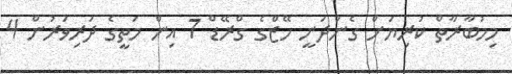
މިމުބާރާތް ކުރިޔަށް ގެންދަނީ ހޭޒްގެ ގްރޭޑް 7 އިން މަތީގެ ދަރިވަރުން 4